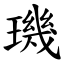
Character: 璣